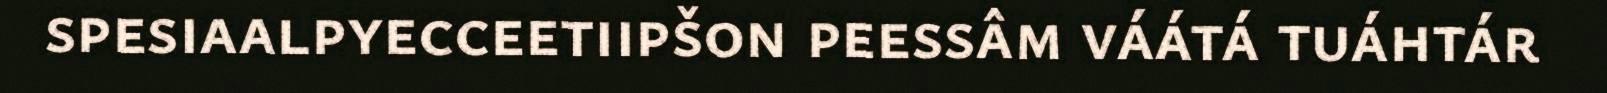
spesiaalpyecceetiipšon peessâm váátá tuáhtár